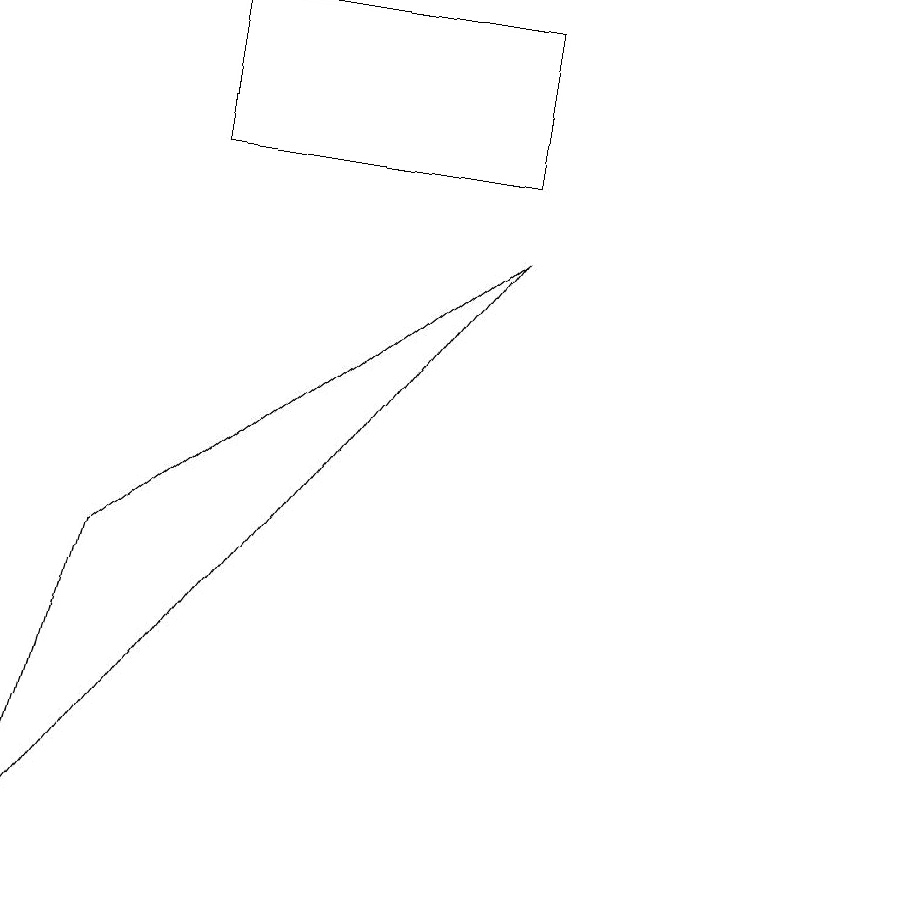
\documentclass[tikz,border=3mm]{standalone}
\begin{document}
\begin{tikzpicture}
\draw (11,10) circle (0);
\draw (6,9) -- (0,1) -- (1,5) -- cycle;
\draw (6,12) rectangle (2,10);
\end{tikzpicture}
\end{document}